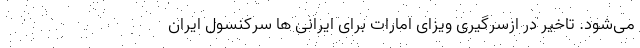
می‌شود. تاخیر در ازسرگیری ویزای امارات برای ایرانی ها سرکنسول ایران